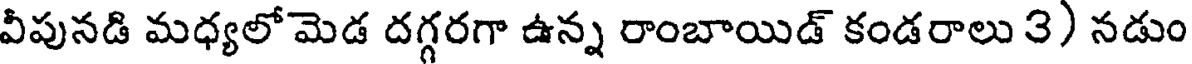
వీపునడి మధ్యలో మెడ దగ్గరగా ఉన్న రాంబాయిడ్ కండరాలు 3) నడుం